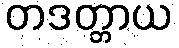
တဒတ္တာယ